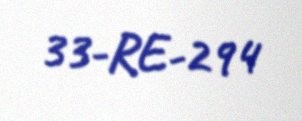
33-RE-294